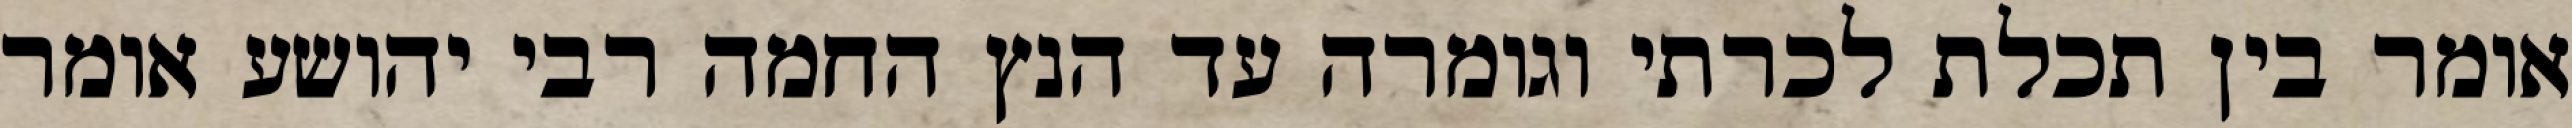
אומר בין תכלת לכרתי וגומרה עד הנץ החמה רבי יהושע אומר